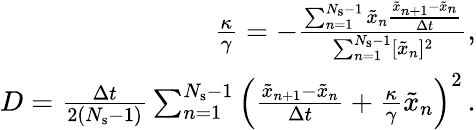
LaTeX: \begin{array}{r}{\frac{\kappa}{\gamma}=-\frac{\sum_{n=1}^{N_{\mathrm{s}}-1}\tilde{x}_{n}\frac{\tilde{x}_{n+1}-\tilde{x}_{n}}{\Delta t}}{\sum_{n=1}^{N_{\mathrm{s}}-1}[\tilde{x}_{n}]^{2}},}\\ {D=\frac{\Delta t}{2(N_{\mathrm{s}}-1)}\sum_{n=1}^{N_{\mathrm{s}}-1}\left(\frac{\tilde{x}_{n+1}-{\tilde{x}_{n}}}{\Delta t}+\frac{\kappa}{\gamma}\tilde{x}_{n}\right)^{2}\, .}\end{array}